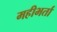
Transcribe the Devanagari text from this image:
महीभर्ता